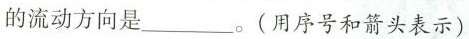
的流动方向是___。(用序号和箭头表示)